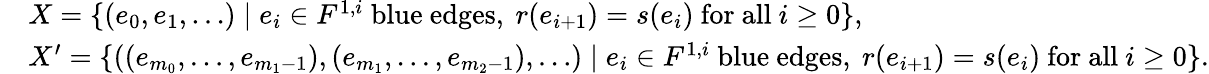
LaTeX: \begin{array}{rl}&{X=\{ (e_{0},e_{1},\dots)\mid e_{i}\in F^{1,i}\mathrm{~blue~edges,~}r(e_{i+1})=s(e_{i})\mathrm{~for~all~}i\geq 0\} ,}\\ &{X^{\prime}=\{ ((e_{m_{0}},\dots,e_{m_{1}-1}),(e_{m_{1}},\dots,e_{m_{2}-1}),\dots)\mid e_{i}\in F^{1,i}\mathrm{~blue~edges,~}r(e_{i+1})=s(e_{i})\mathrm{~for~all~}i\geq 0\} .}\end{array}